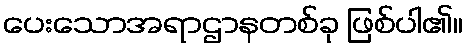
ပေးသောအရာဌာနတစ်ခု ဖြစ်ပါ၏။